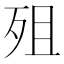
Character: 殂